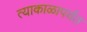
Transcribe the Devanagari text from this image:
त्याकाळापर्यंत